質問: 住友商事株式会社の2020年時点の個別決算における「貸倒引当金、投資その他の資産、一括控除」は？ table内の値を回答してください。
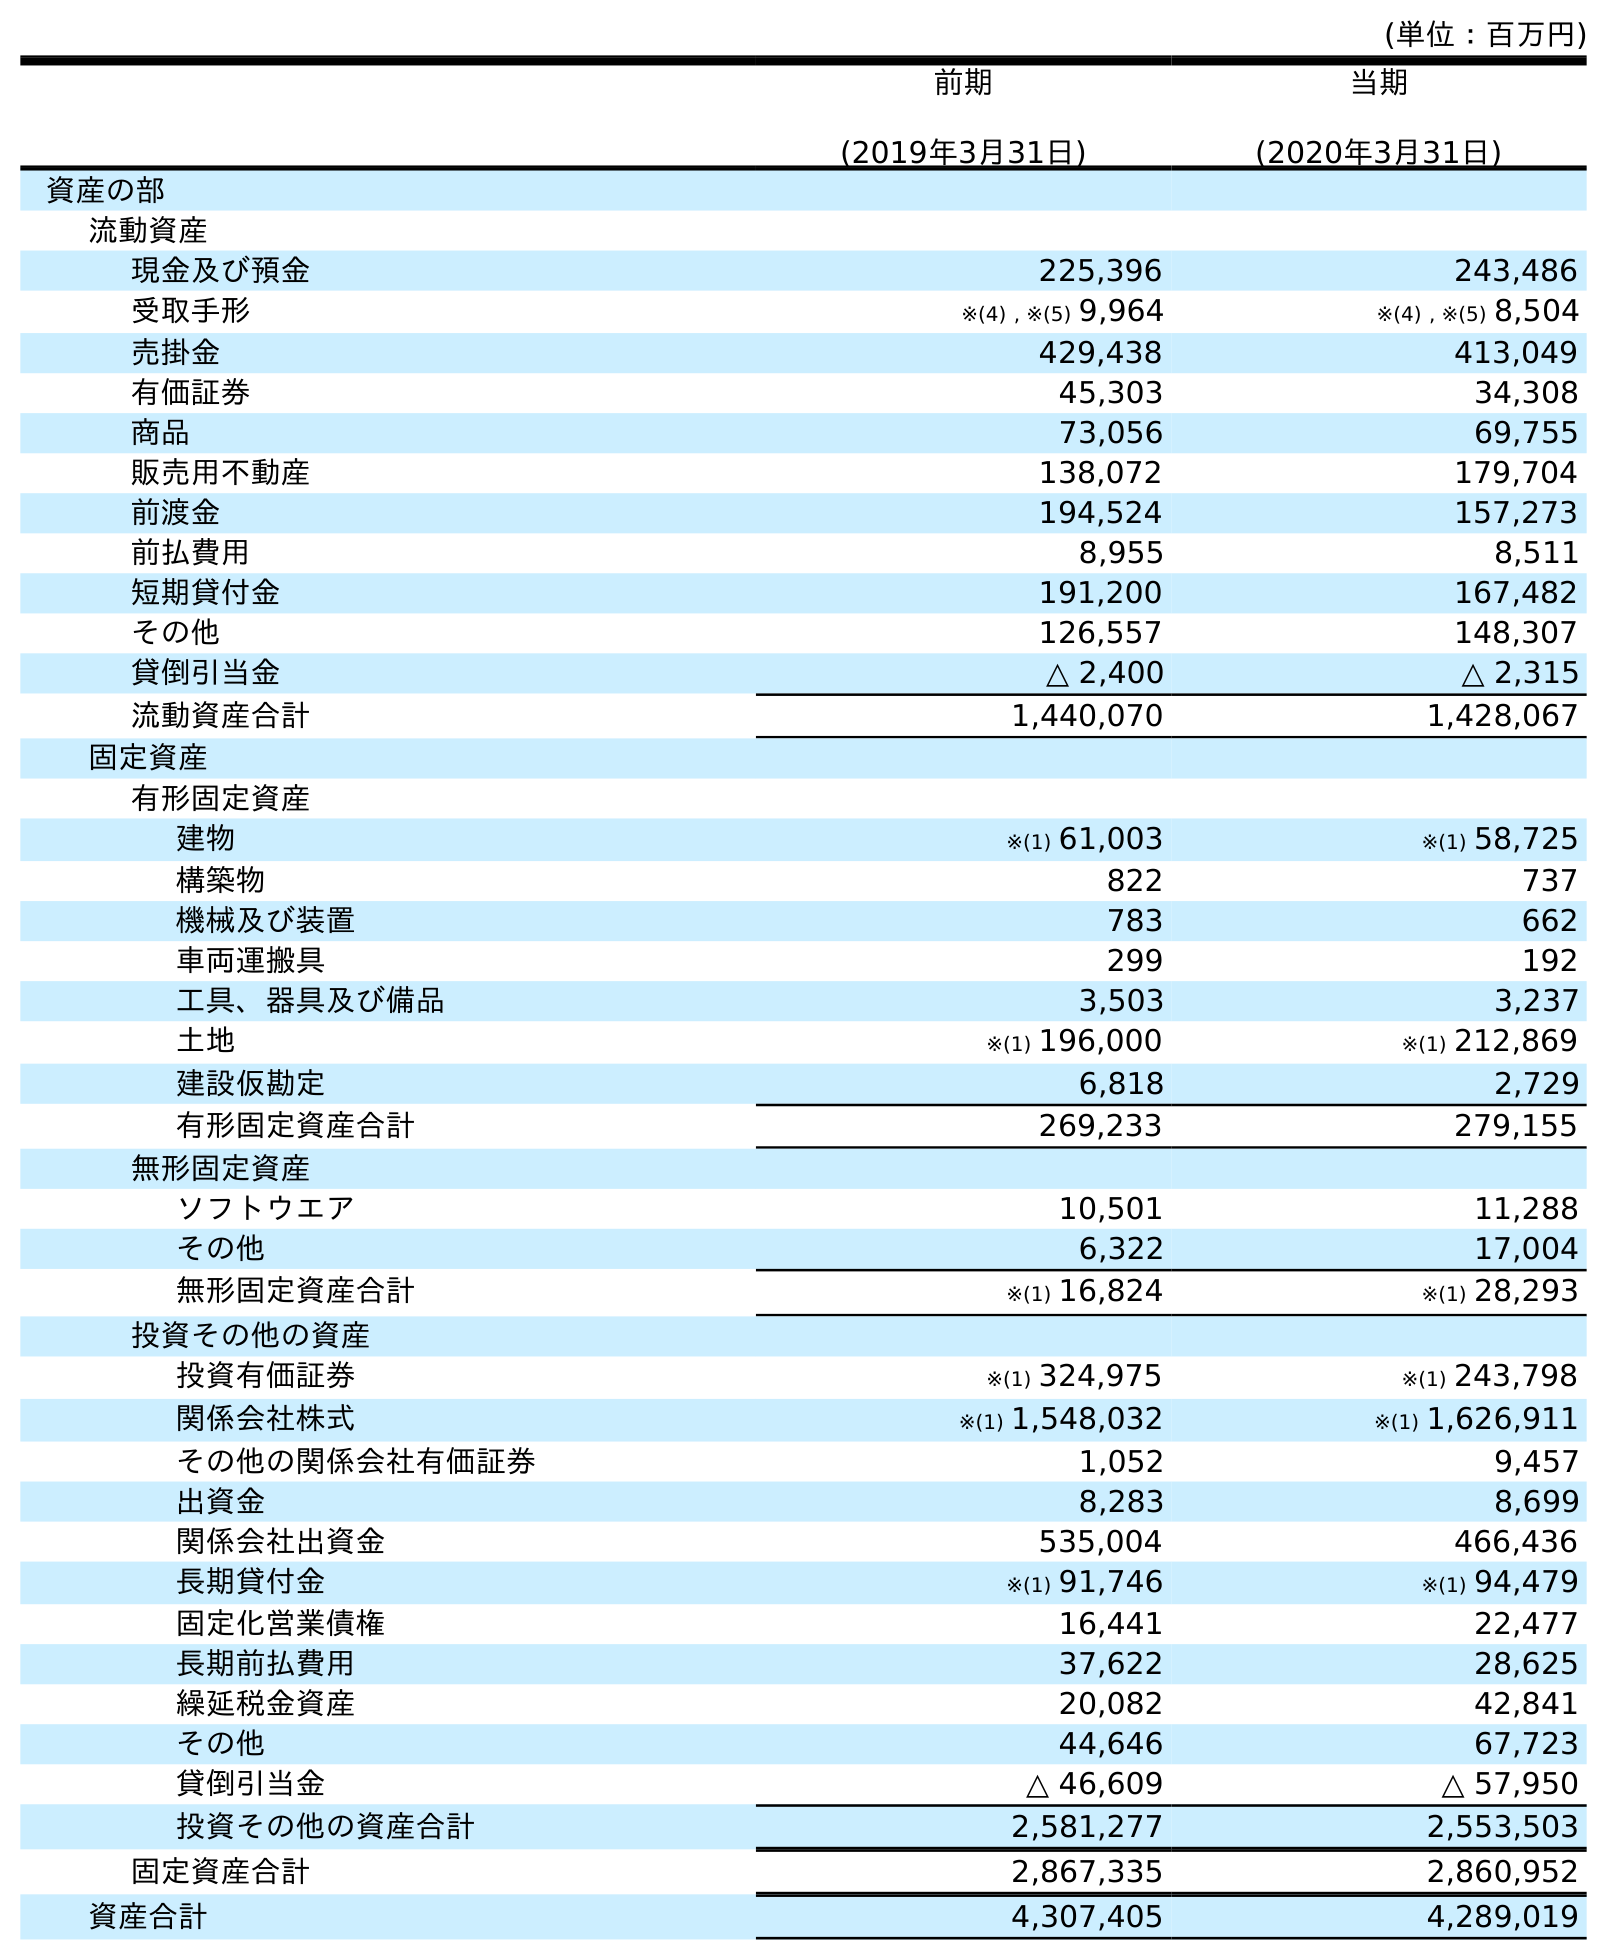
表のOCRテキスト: (単位：百万円) 前期 (2019年3月31日) 当期 (2020年3月31日) 資産の部 流動資産 現金及び預金 225,396 243,486 受取手形 ※(4) , ※(5) 9,964 ※(4) , ※(5) 8,504 売掛金 429,438 413,049 有価証券 45,303 34,308 商品 73,056 69,755 販売用不動産 138,072 179,704 前渡金 194,524 157,273 前払費用 8,955 8,511 短期貸付金 191,200 167,482 その他 126,557 148,307 貸倒引当金 △ 2,400 △ 2,315 流動資産合計 1,440,070 1,428,067 固定資産 有形固定資産 建物 ※(1) 61,003 ※(1) 58,725 構築物 822 737 機械及び装置 783 662 車両運搬具 299 192 工具、器具及び備品 3,503 3,237 土地 ※(1) 196,000 ※(1) 212,869 建設仮勘定 6,818 2,729 有形固定資産合計 269,233 279,155 無形固定資産 ソフトウエア 10,501 11,288 その他 6,322 17,004 無形固定資産合計 ※(1) 16,824 ※(1) 28,293 投資その他の資産 投資有価証券 ※(1) 324,975 ※(1) 243,798 関係会社株式 ※(1) 1,548,032 ※(1) 1,626,911 その他の関係会社有価証券 1,052 9,457 出資金 8,283 8,699 関係会社出資金 535,004 466,436 長期貸付金 ※(1) 91,746 ※(1) 94,479 固定化営業債権 16,441 22,477 長期前払費用 37,622 28,625 繰延税金資産 20,082 42,841 その他 44,646 67,723 貸倒引当金 △ 46,609 △ 57,950 投資その他の資産合計 2,581,277 2,553,503 固定資産合計 2,867,335 2,860,952 資産合計 4,307,405 4,289,019
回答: △57,950